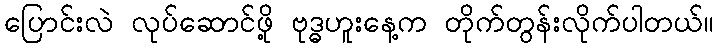
ပြောင်းလဲ လုပ်ဆောင်ဖို့ ဗုဒ္ဓဟူးနေ့က တိုက်တွန်းလိုက်ပါတယ်။